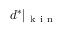
d ^ { * } \vert _ { \mathrm { ~ k ~ i ~ n ~ } }